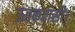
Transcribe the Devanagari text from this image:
ऊतकवासी।